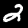
Label: 2